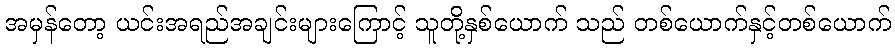
အမှန်တော့ ယင်းအရည်အချင်းများကြောင့် သူတို့နှစ်ယောက် သည် တစ်ယောက်နှင့်တစ်ယောက်